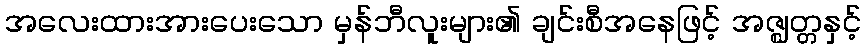
အလေးထားအားပေးသော မှန်ဘီလူးများ၏ ချင်းစီအနေဖြင့် အဇ္ဈတ္တနှင့်